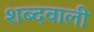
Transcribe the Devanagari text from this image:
शब्दवाली